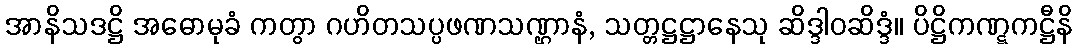
အာနိသဒဋ္ဌိ အဓောမုခံ ကတွာ ဂဟိတသပ္ပဖဏသဏ္ဌာနံ, သတ္တဋ္ဌဋ္ဌာနေသု ဆိဒ္ဒါဝဆိဒ္ဒံ။ ပိဋ္ဌိကဏ္ဋကဋ္ဌီနိ